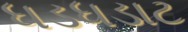
ધડધડાટ